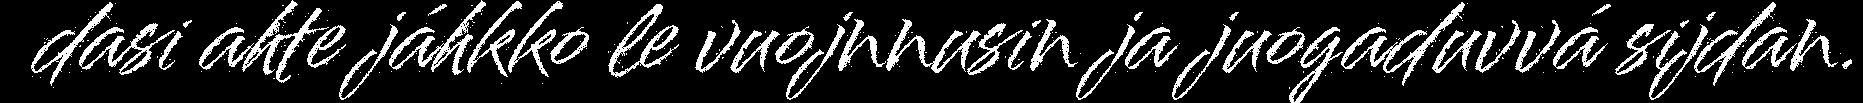
dasi ahte jáhkko le vuojnnusin ja juogaduvvá sijdan.